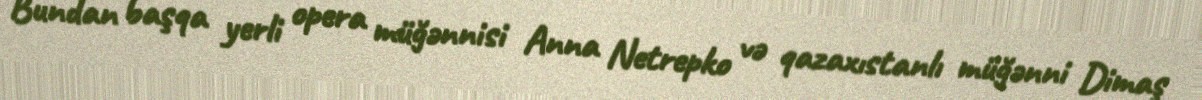
Bundan başqa yerli opera müğənnisi Anna Netrepko və qazaxıstanlı müğənni Dimaş